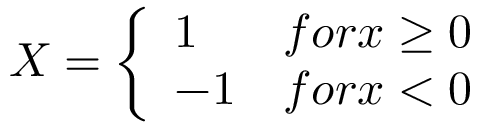
X = \left\{ \begin{array} { l l } { 1 } & { f o r x \ge 0 } \\ { - 1 } & { f o r x < 0 } \end{array} \right.